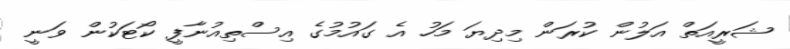
ޝަރީއަތް އަލުން ކުރަން މިދިޔަ މަހު އެ ގައުމުގެ އިސްތިއުނާފީ ކޯޓަކުން ވަނީ